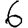
Digit: 6